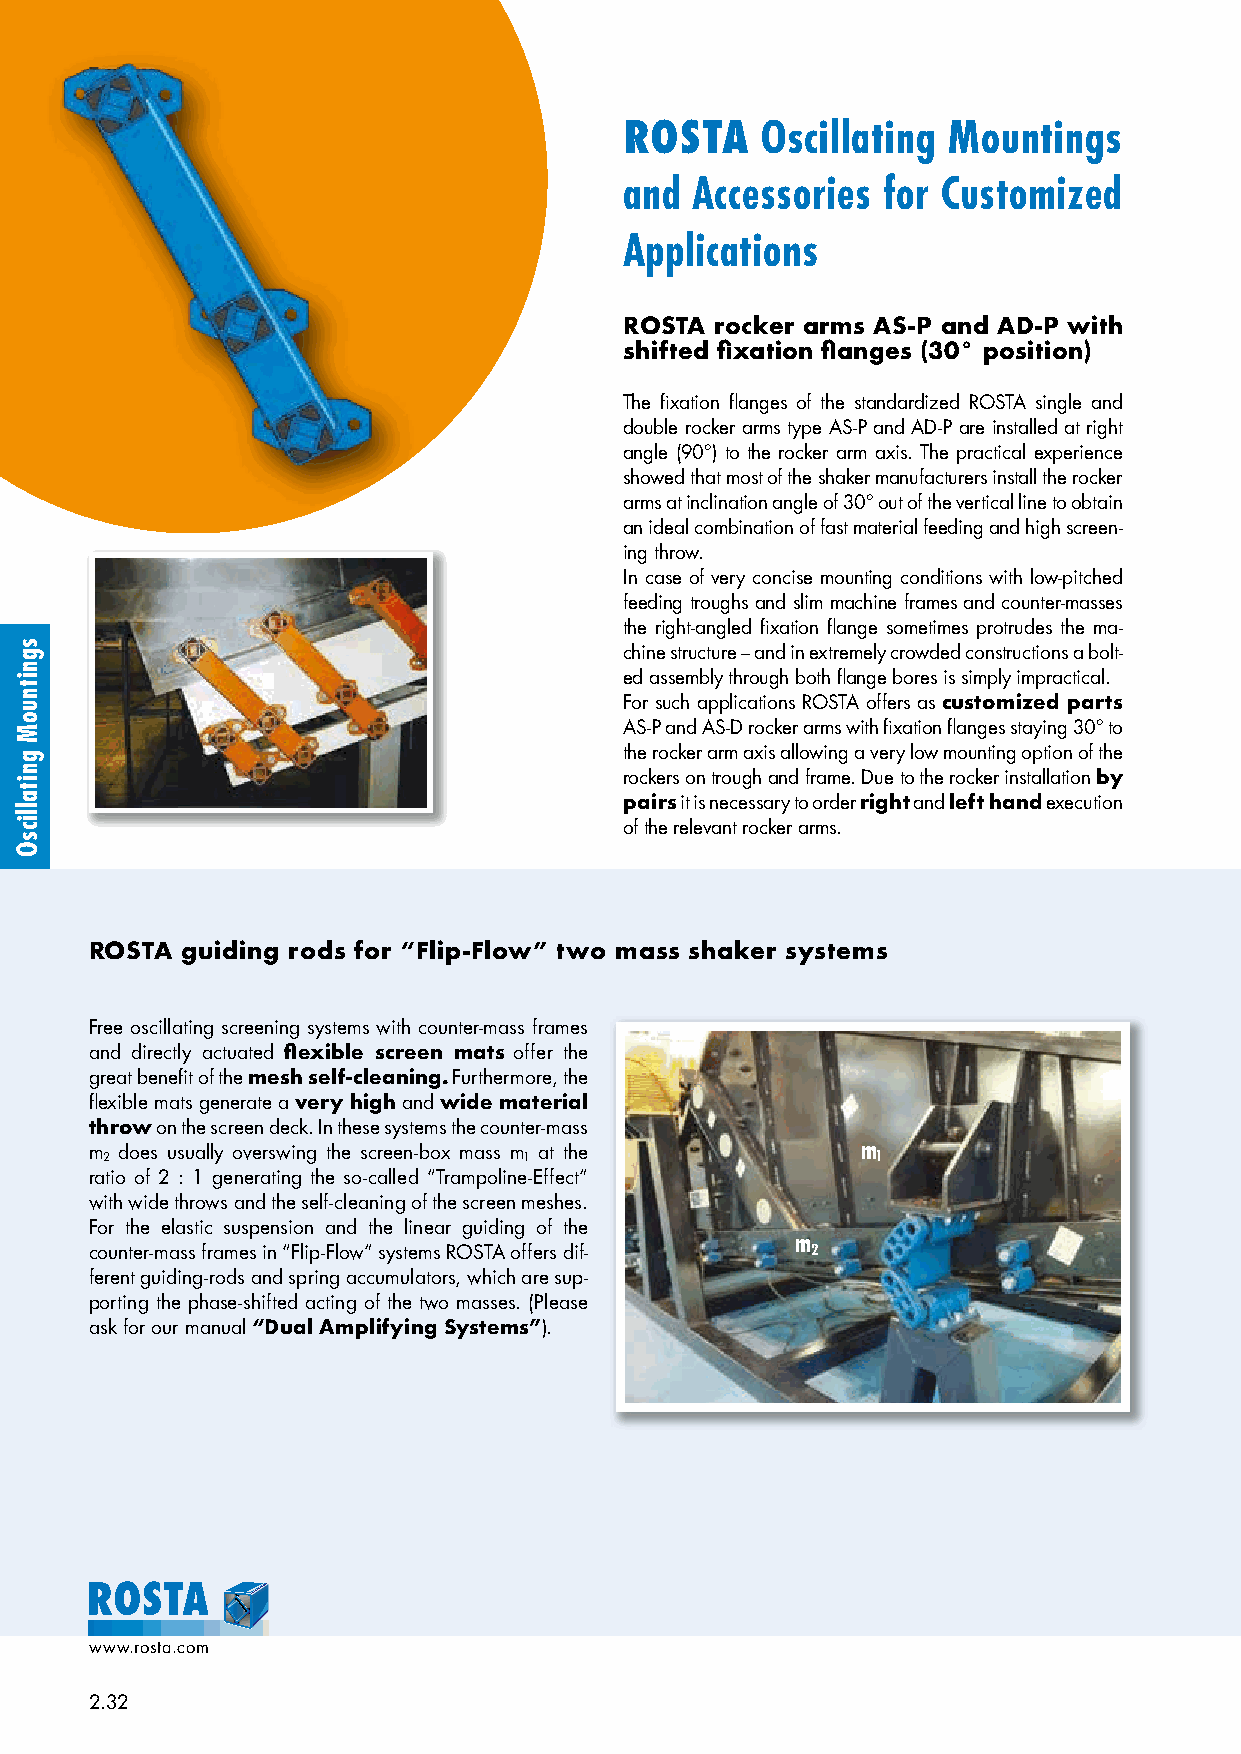
ROSTA    Oscillating  Mountings
 and  Accessories for Customized
 Applications
 ROSTA rocker arms AS-P and AD-P with
 shifted fixation flanges (30° position)
 The fixation flanges of the standardized ROSTA single and
 double rocker arms type AS-P and AD-P are installed at right
 angle (90°) to the rocker arm axis. The practical experience
 showed that most of the shaker manufacturers install the rocker
 arms at inclination angle of 30° out of the vertical line to obtain
 an ideal combination of fast material feeding and high screen-
 ing throw.
 In case of very concise mounting conditions with low-pitched
 feeding troughs and slim machine frames and counter-masses
 the right-angled fixation flange sometimes protrudes the ma-
 chine structure – and in extremely crowded constructions a bolt-
 ed assembly through both flange bores is simply impractical.
 For such applications ROSTA offers as customized parts
 AS-P and AS-D rocker arms with fixation flanges staying 30° to
 the rocker arm axis allowing a very low mounting option of the
 rockers on trough and frame. Due to the rocker installation by
 pairs it is necessary to order right and left hand execution
 of the relevant rocker arms.
 ROSTA guiding rods for “Flip-Flow” two mass shaker systems
 Free oscillating screening systems with counter-mass frames
 and directly actuated flexible screen mats offer the
 great benefit of the mesh self-cleaning. Furthermore, the
 flexible mats generate a very high and wide material
 throw on the screen deck. In these systems the counter-mass
 m 2 does usually overswing the screen-box mass m 1 at the m 1
 ratio of 2 : 1 generating the so-called “Trampoline-Effect”
 with wide throws and the self-cleaning of the screen meshes.
 For the elastic suspension and the linear guiding of the
 m
 counter-mass frames in “Flip-Flow” systems ROSTA offers dif- 2
 ferent guiding-rods and spring accumulators, which are sup-
 porting the phase-shifted acting of the two masses. (Please
 ask for our manual “Dual Amplifying Systems”).
 www.rosta.com
 2.32
 sgnitnuoM
 gnitallicsO